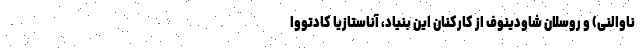
ناوالنی) و روسلان شاودینوف از کارکنان این بنیاد، آناستازیا کادتووا